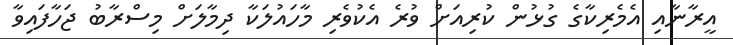
އީރާނާއި އެމެރިކާގެ ގުޅުން ކުރިއަށް ވުރެ އެކުވެރި މާހައުލަކާ ދިމާލަށް މިސްރާބު ޖަހާފައިވާ